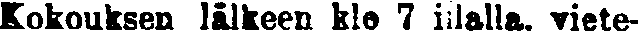
Kokouksen jälkeen klo 7 illalla. viete-